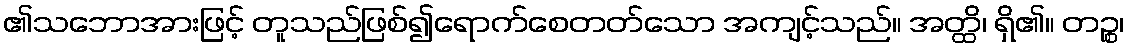
၏သဘောအားဖြင့် တူသည်ဖြစ်၍ရောက်စေတတ်သော အကျင့်သည်။ အတ္ထိ၊ ရှိ၏။ တဉ္စ၊